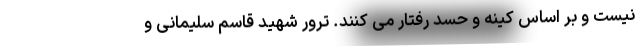
نیست و بر اساس کینه و حسد رفتار می کنند. ترور شهید قاسم سلیمانی و